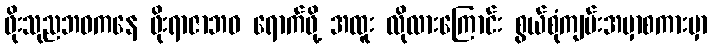
ဖိုးသုညဘဝကနေ ဖိုးရာဇာဘဝ ရောက်ဖို့ အထူး လိုလားကြောင်း စွယ်စုံကျမ်းအမှာစကားမှာ